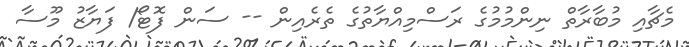
މެޗާއި މުބާރާތް ނިންމުމުގެ ރަސްމިއްޔާތުގެ ތެރެއިން -- ސަން ފޮޓޯ/ ފަޔާޒު މޫސާ